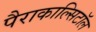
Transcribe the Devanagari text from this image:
पैराकाल्सिटॉल